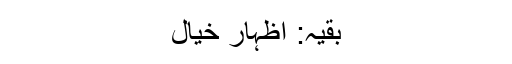
بقیہ: اظہار خیال